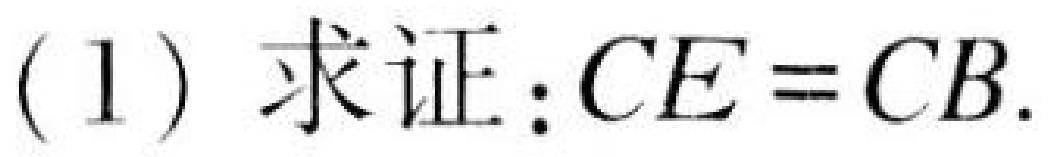
(1) 求证：$CE = CB$.